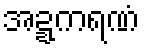
အဍ္ဍကရဏံ